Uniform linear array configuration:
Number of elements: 24
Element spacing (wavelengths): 0.5
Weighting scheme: uniform
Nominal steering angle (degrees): -60
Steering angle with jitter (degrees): -59.314
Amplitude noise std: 0.05
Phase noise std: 0.05

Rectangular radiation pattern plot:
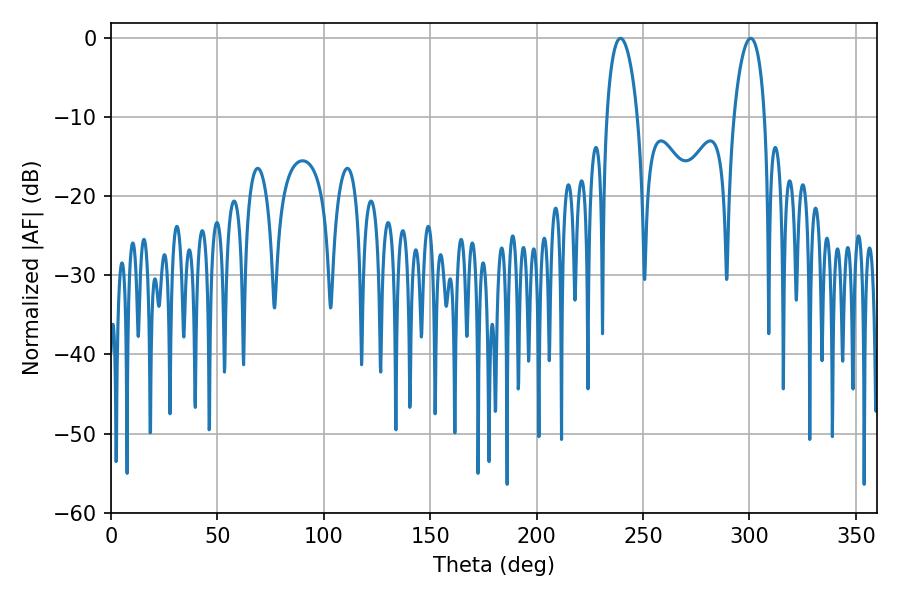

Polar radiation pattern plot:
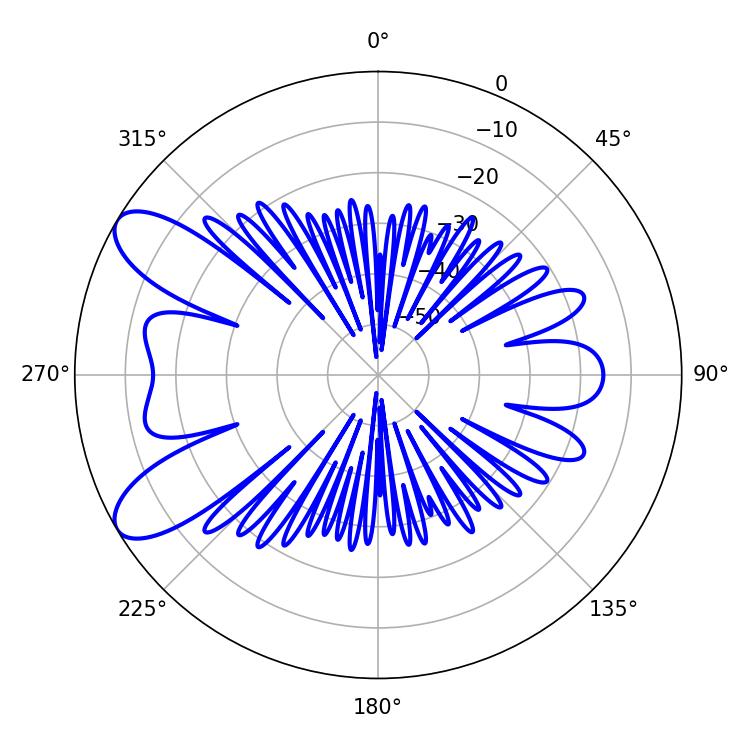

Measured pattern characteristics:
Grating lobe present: FALSE
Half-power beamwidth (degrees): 8.1
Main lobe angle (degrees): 300.6